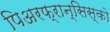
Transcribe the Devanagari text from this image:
पिअरफ्रान्सिस्को